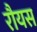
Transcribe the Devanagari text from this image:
रौयस